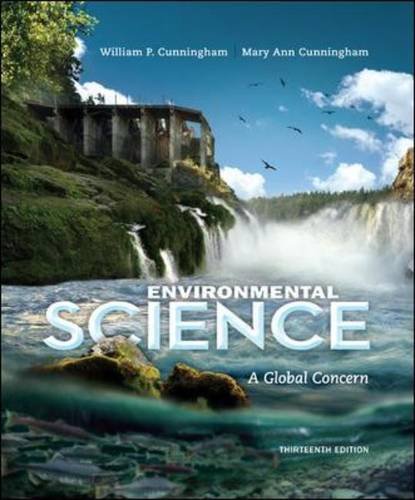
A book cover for Environmental Science; William Cunningham; Science & Math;